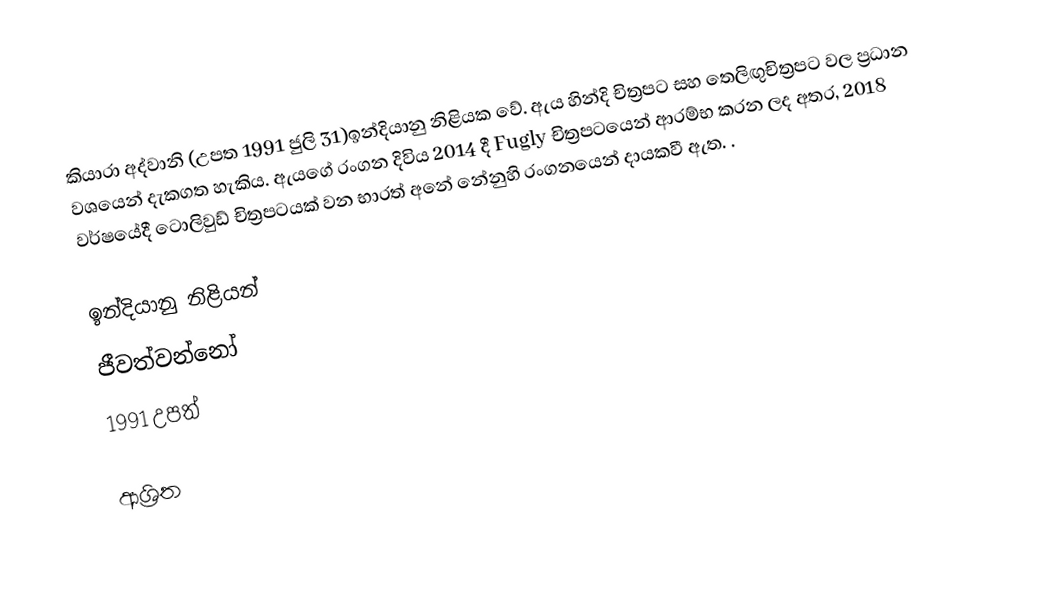
කියාරා අද්වානි (උපත 1991 ජුලි 31)ඉන්දියානු නිළියක වේ. ඇය හින්දි චිත්‍රපට සහ තෙලිඟුචිත්‍රපට වල ප්‍රධාන වශයෙන් දැකගත හැකිය. ඇයගේ රංගන දිවිය 2014 දී Fugly චිත්‍රපටයෙන් ආරම්භ කරන ලද අතර, 2018 වර්ෂයේදී ටොලිවුඩ් චිත්‍රපටයක් වන භාරත් අනේ නේනුහි රංගනයෙන් දායකවී ඇත. .

ඉන්දියානු නිළියන්
ජීවත්වන්නෝ
1991 උපත්

ආශ්‍රිත